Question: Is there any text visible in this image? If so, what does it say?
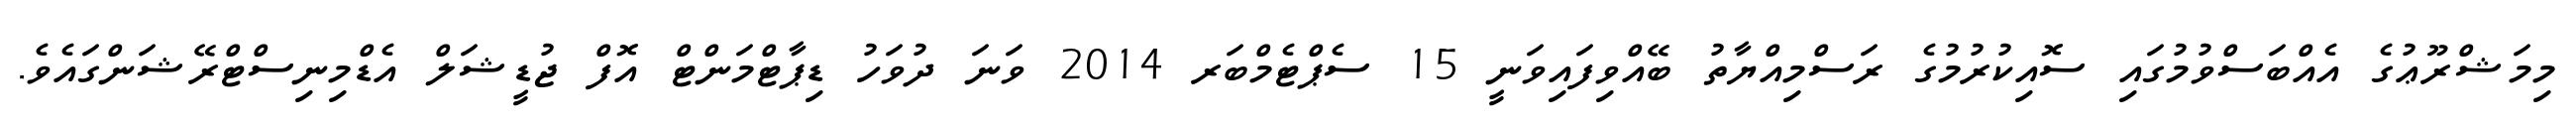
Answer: މިމަޝްރޫޢުގެ އެއްބަސްވުމުގައި ސޮއިކުރުމުގެ ރަސްމިއްޔާތު ބޭއްވިފައިވަނީ 15 ސެޕްޓެމްބަރ 2014 ވަނަ ދުވަހު ޑިޕާޓްމަންޓް އޮފް ޖުޑީޝަލް އެޑްމިނިސްޓްރޭޝަންގައެވެ.